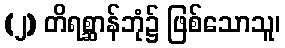
(၂) တိရစ္ဆာန်ဘုံ၌ ဖြစ်သောသူ၊